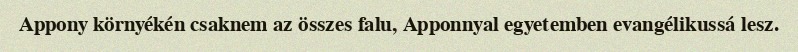
Appony környékén csaknem az összes falu, Apponnyal egyetemben evangélikussá lesz.